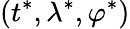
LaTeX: (t^{*},\lambda^{*},\varphi^{*})